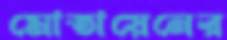
মোতায়েনের